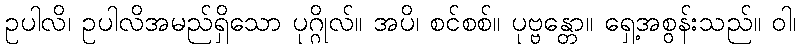
ဥပါလိ၊ ဥပါလိအမည်ရှိသော ပုဂ္ဂိုလ်။ အပိ၊ စင်စစ်။ ပုဗ္ဗန္တော။ ရှေ့အစွန်းသည်။ ဝါ၊